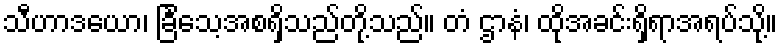
သီဟာဒယော၊ ခြင်္သေ့အစရှိသည်တို့သည်။ တံ ဌာနံ၊ ထိုအခင်းရှိရာအရပ်သို့။